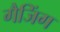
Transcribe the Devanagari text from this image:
गैजिंग